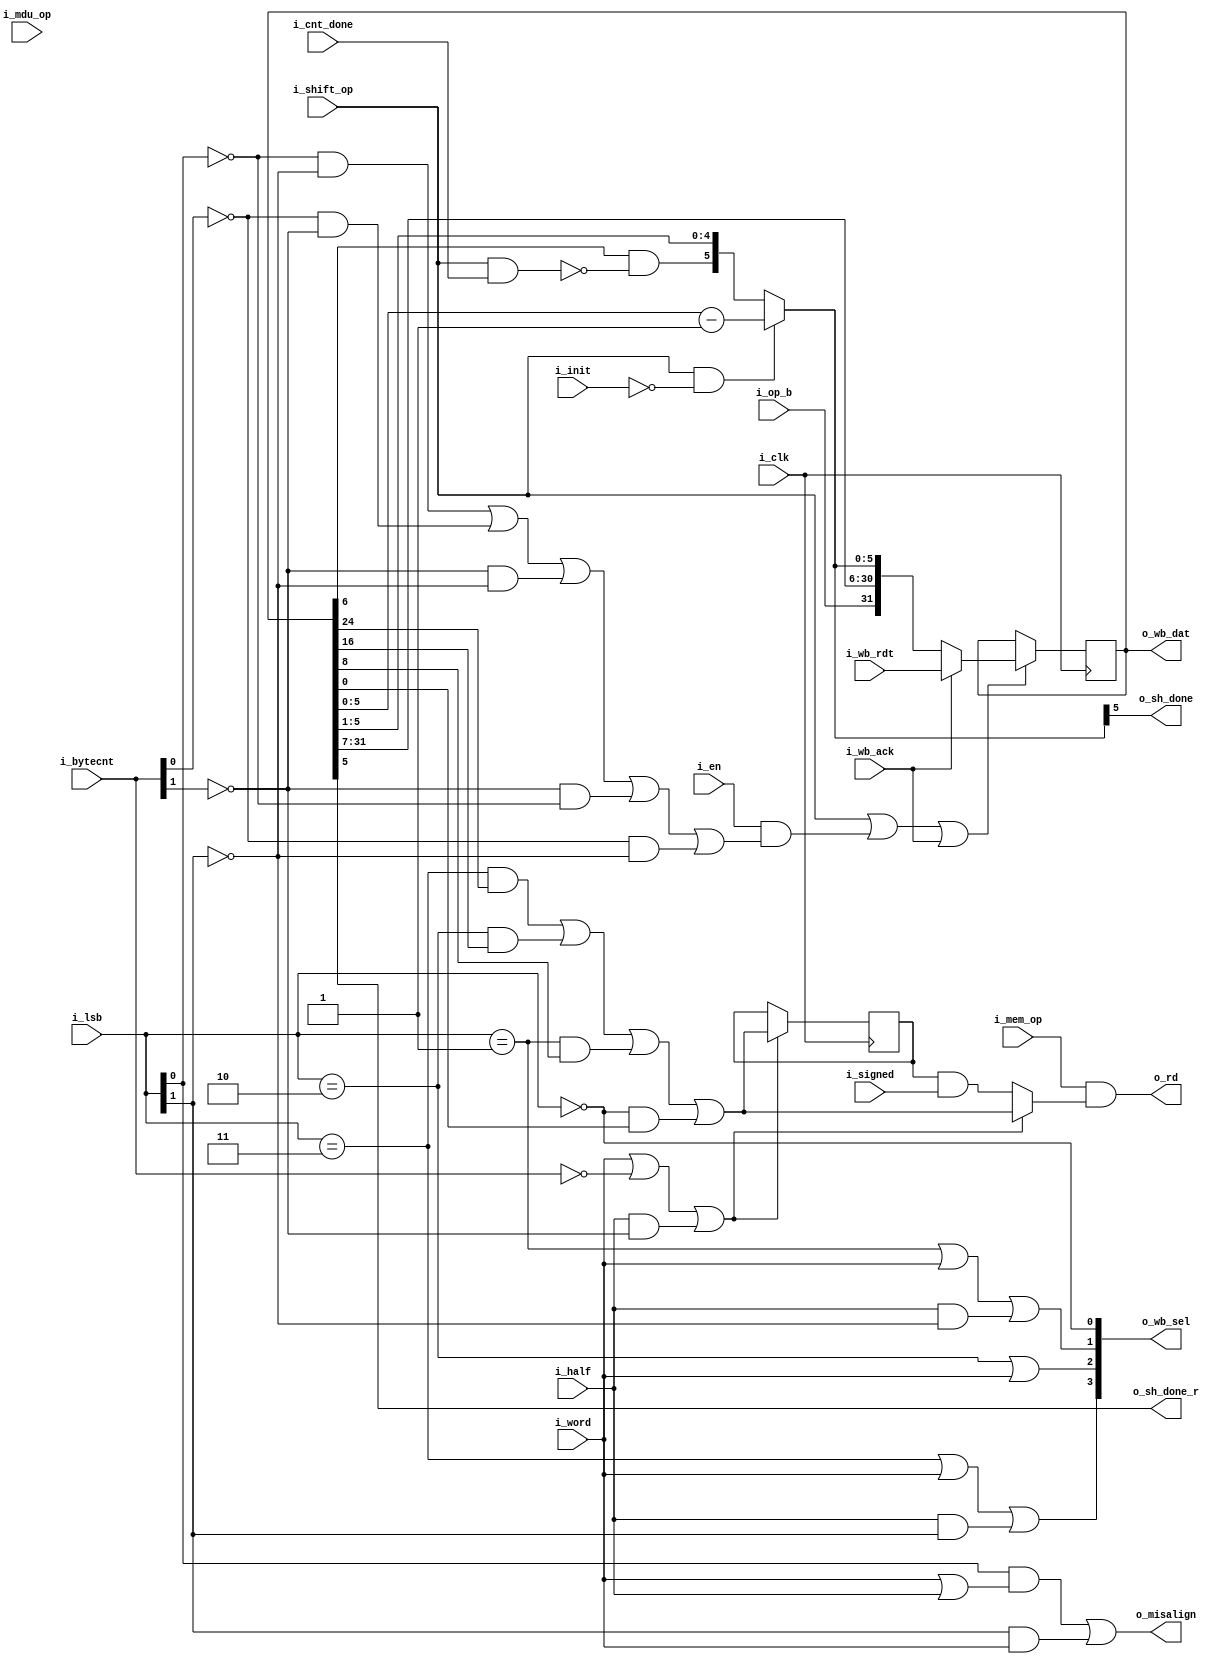
/*
ISC License

Copyright 2019, Olof Kindgren

Permission to use, copy, modify, and/or distribute this software for any purpose with or without fee is hereby granted, provided that the above copyright notice and this permission notice appear in all copies.

THE SOFTWARE IS PROVIDED "AS IS" AND THE AUTHOR DISCLAIMS ALL WARRANTIES WITH REGARD TO THIS SOFTWARE INCLUDING ALL IMPLIED WARRANTIES OF MERCHANTABILITY AND FITNESS. IN NO EVENT SHALL THE AUTHOR BE LIABLE FOR ANY SPECIAL, DIRECT, INDIRECT, OR CONSEQUENTIAL DAMAGES OR ANY DAMAGES WHATSOEVER RESULTING FROM LOSS OF USE, DATA OR PROFITS, WHETHER IN AN ACTION OF CONTRACT, NEGLIGENCE OR OTHER TORTIOUS ACTION, ARISING OUT OF OR IN CONNECTION WITH THE USE OR PERFORMANCE OF THIS SOFTWARE.

*/
`default_nettype none
module serv_mem_if
  #(parameter WITH_CSR = 1,
    parameter [0:0] MDU = 0)
  (
   input wire 	      i_clk,
   //State
   input wire 	      i_en,
   input wire 	      i_init,
   input wire 	      i_cnt_done,
   input wire [1:0]   i_bytecnt,
   input wire [1:0]   i_lsb,
   output wire 	      o_misalign,
   output wire 	      o_sh_done,
   output wire 	      o_sh_done_r,
   //Control
   input wire 	      i_mem_op,
   input wire 	      i_shift_op,
   input wire 	      i_signed,
   input wire 	      i_word,
   input wire 	      i_half,
   //MDU
   input wire         i_mdu_op,
   //Data
   input wire 	      i_op_b,
   output wire 	      o_rd,
   //External interface
   output wire [31:0] o_wb_dat,
   output wire [3:0]  o_wb_sel,
   input wire [31:0]  i_wb_rdt,
   input wire 	      i_wb_ack);

   reg           signbit;
   reg [31:0] 	 dat;

   /*
    Before a store operation, the data to be written needs to be shifted into
    place. Depending on the address alignment, we need to shift different
    amounts. One formula for calculating this is to say that we shift when
    i_lsb + i_bytecnt < 4. Unfortunately, the synthesis tools don't seem to be
    clever enough so the hideous expression below is used to achieve the same
    thing in a more optimal way.
    */
   wire 	 byte_valid =
		 (!i_lsb[0] & !i_lsb[1])         |
		 (!i_bytecnt[0] & !i_bytecnt[1]) |
		 (!i_bytecnt[1] & !i_lsb[1])     |
		 (!i_bytecnt[1] & !i_lsb[0])     |
		 (!i_bytecnt[0] & !i_lsb[1]);

   wire 	 dat_en = i_shift_op | (i_en & byte_valid);

   wire 	 dat_cur =
		 ((i_lsb == 2'd3) & dat[24]) |
		 ((i_lsb == 2'd2) & dat[16]) |
		 ((i_lsb == 2'd1) & dat[8]) |
		 ((i_lsb == 2'd0) & dat[0]);

   wire dat_valid =
	i_word |
	(i_bytecnt == 2'b00) |
	(i_half & !i_bytecnt[1]);

   wire mem_rd = i_mem_op & (dat_valid ? dat_cur : signbit & i_signed);
   
   generate
     if(MDU) begin
       wire mdu_rd = i_mdu_op & dat_cur;
       assign o_rd = mem_rd | mdu_rd;
     end else begin
       wire mdu_rd = 1'b0;
       assign o_rd = mem_rd;
     end
   endgenerate

   assign o_wb_sel[3] = (i_lsb == 2'b11) | i_word | (i_half & i_lsb[1]);
   assign o_wb_sel[2] = (i_lsb == 2'b10) | i_word;
   assign o_wb_sel[1] = (i_lsb == 2'b01) | i_word | (i_half & !i_lsb[1]);
   assign o_wb_sel[0] = (i_lsb == 2'b00);

   assign o_wb_dat = dat;

   /* The dat register has three different use cases for store, load and
    shift operations.
    store : Data to be written is shifted to the correct position in dat during
            init by dat_en and is presented on the data bus as o_wb_dat
    load  : Data from the bus gets latched into dat during i_wb_ack and is then
            shifted out at the appropriate time to end up in the correct
            position in rd
    shift : Data is shifted in during init. After that, the six LSB are used as
            a downcounter (with bit 5 initially set to 0) that triggers
            o_sh_done and o_sh_done_r when they wrap around to indicate that
            the requested number of shifts have been performed
    */
   wire [5:0] dat_shamt = (i_shift_op & !i_init) ?
	      //Down counter mode
	      dat[5:0]-1 :
	      //Shift reg mode with optional clearing of bit 5
	      {dat[6] & !(i_shift_op & i_cnt_done),dat[5:1]};

   assign o_sh_done = dat_shamt[5];
   assign o_sh_done_r = dat[5];

   always @(posedge i_clk) begin
      if (dat_en | i_wb_ack)
	dat <= i_wb_ack ? i_wb_rdt : {i_op_b, dat[31:7], dat_shamt};

      if (dat_valid)
        signbit <= dat_cur;
   end

   /*
    mem_misalign is checked after the init stage to decide whether to do a data
    bus transaction or go to the trap state. It is only guaranteed to be correct
    at this time
    */
   assign o_misalign = WITH_CSR & ((i_lsb[0] & (i_word | i_half)) | (i_lsb[1] & i_word));

endmodule